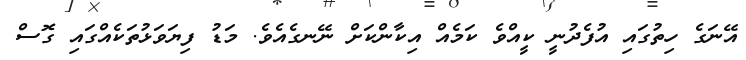
އޭނަގެ ހިތުގައި އުފެދުނީ ކީއްވެ ކަމެއް އިކާންކަށް ނޭނގެއެވެ. މަޑު ފިޔަވަޅުތަކެއްގައި ގޮސް